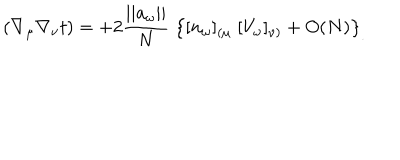
( \nabla _ { \mu } \nabla _ { \nu } t ) = + 2 { \frac { | | a _ { \omega } | | } { N } } \; \left\{ [ n _ { \omega } ] _ { ( \mu } \; [ V _ { \omega } ] _ { \nu ) } + O ( N ) \right\} _ { . }